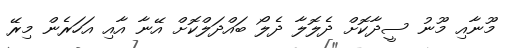
މޫނާއި މޫނު ސީދާކޮށް ދެލޮލާ ދެލޯ ބައްދަލްކޮށް އޭނާ އާއި އަހަރެން މިރޭ